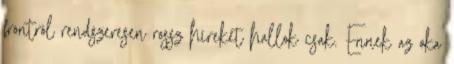
frontról rendszeresen rossz híreket hallok csak. Ennek az oka